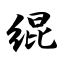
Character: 绲